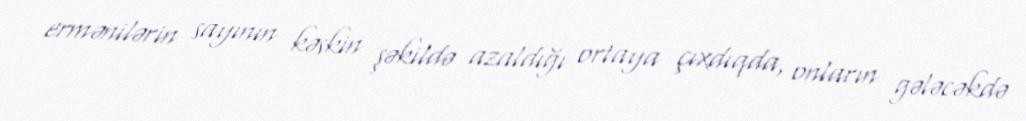
ermənilərin sayının kəskin şəkildə azaldığı ortaya çıxdıqda, onların gələcəkdə